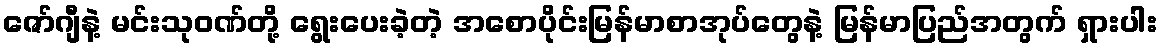
ဇော်ဂျီနဲ့ မင်းသုဝဏ်တို့ ရွေးပေးခဲ့တဲ့ အစောပိုင်းမြန်မာစာအုပ်တွေနဲ့ မြန်မာပြည်အတွက် ရှားပါး